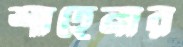
শাহেনার